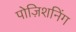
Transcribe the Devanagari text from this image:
पोज़िशनिंग